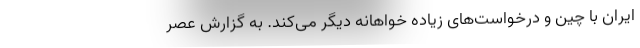
ایران با چین و درخواست‌های زیاده خواهانه دیگر می‌کند. به گزارش عصر